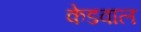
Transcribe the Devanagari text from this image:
केडवाल